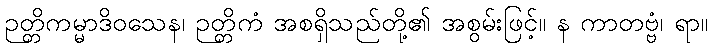
ဉတ္တိကမ္မာဒိဝသေန၊ ဉတ္တိကံ အစရှိသည်တို့၏ အစွမ်းဖြင့်။ န ကာတဗ္ဗံ၊ ရာ။